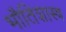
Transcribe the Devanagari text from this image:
भौतिशास्त्र